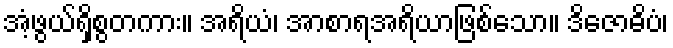
အံ့ဖွယ်ရှိစွတကား။ အရိယံ၊ အာစာရအရိယာဖြစ်သော။ ဒိဇောဓိပံ၊